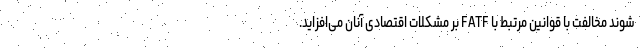
شوند مخالفت با قوانین مرتبط با FATF بر مشکلات اقتصادی آنان می‌افزاید.